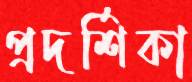
প্রদর্শিকা